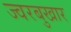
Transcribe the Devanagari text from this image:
ज्वरबुखार